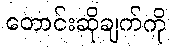
တောင်းဆိုချက်ကို